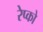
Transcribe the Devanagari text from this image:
रेप्को